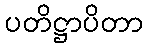
ပတိဋ္ဌာပိတာ